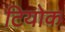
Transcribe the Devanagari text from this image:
टियोक